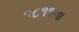
૧૮૧૧ના